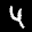
Label: 4